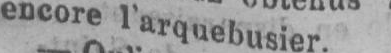
encore l’arquebusier.